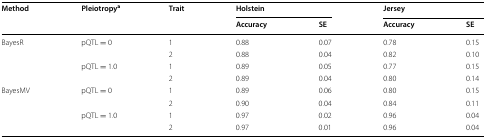
| <ROWSPAN=2> Method | <ROWSPAN=2> Pleiotropya | <ROWSPAN=2> Trait | <COLSPAN=2> Holstein | <COLSPAN=2> Jersey |
 | Accuracy | SE | Accuracy | SE |
 | --- | --- | --- | --- | --- | --- | --- |
 | <ROWSPAN=4> BayesR | <ROWSPAN=2> pQTL = 0 | 1 | 0.88 | 0.07 | 0.78 | 0.15 |
 | 2 | 0.88 | 0.04 | 0.82 | 0.10 |
 | <ROWSPAN=2> pQTL = 1.0 | 1 | 0.89 | 0.05 | 0.77 | 0.15 |
 | 2 | 0.89 | 0.04 | 0.80 | 0.14 |
 | <ROWSPAN=4> BayesMV | <ROWSPAN=2> pQTL = 0 | 1 | 0.89 | 0.06 | 0.80 | 0.15 |
 | 2 | 0.90 | 0.04 | 0.84 | 0.11 |
 | <ROWSPAN=2> pQTL = 1.0 | 1 | 0.97 | 0.02 | 0.96 | 0.04 |
 | 2 | 0.97 | 0.01 | 0.96 | 0.04 |